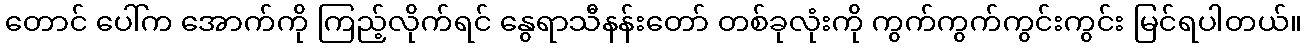
တောင် ပေါ်က အောက်ကို ကြည့်လိုက်ရင် နွေရာသီနန်းတော် တစ်ခုလုံးကို ကွက်ကွက်ကွင်းကွင်း မြင်ရပါတယ်။